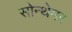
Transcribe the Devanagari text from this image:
सोन्थेमर